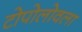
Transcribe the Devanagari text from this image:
टोपोलोवला